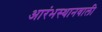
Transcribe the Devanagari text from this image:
आरंभस्थानवाली